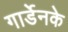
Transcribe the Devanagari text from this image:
गार्डेनके